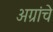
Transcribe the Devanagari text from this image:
अग्रांचे